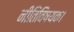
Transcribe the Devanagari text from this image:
नीतिविषयक।